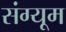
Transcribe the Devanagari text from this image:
संग्यूम